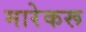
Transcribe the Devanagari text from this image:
मारेकरू